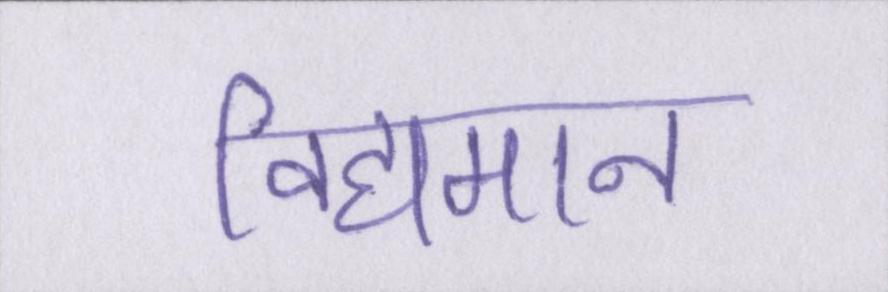
विद्यमान